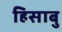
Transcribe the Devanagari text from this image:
हिसाबु